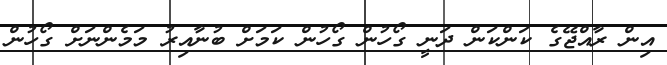
އިން ރާއްޖޭގެ ކަންކަން ދަނީ ގޯހުން ގޯހުން ކަމަށް ބުނާއިރު މަމެންނަށް ގޯހުން